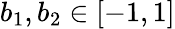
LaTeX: b_{1},b_{2}\in[-1,1]